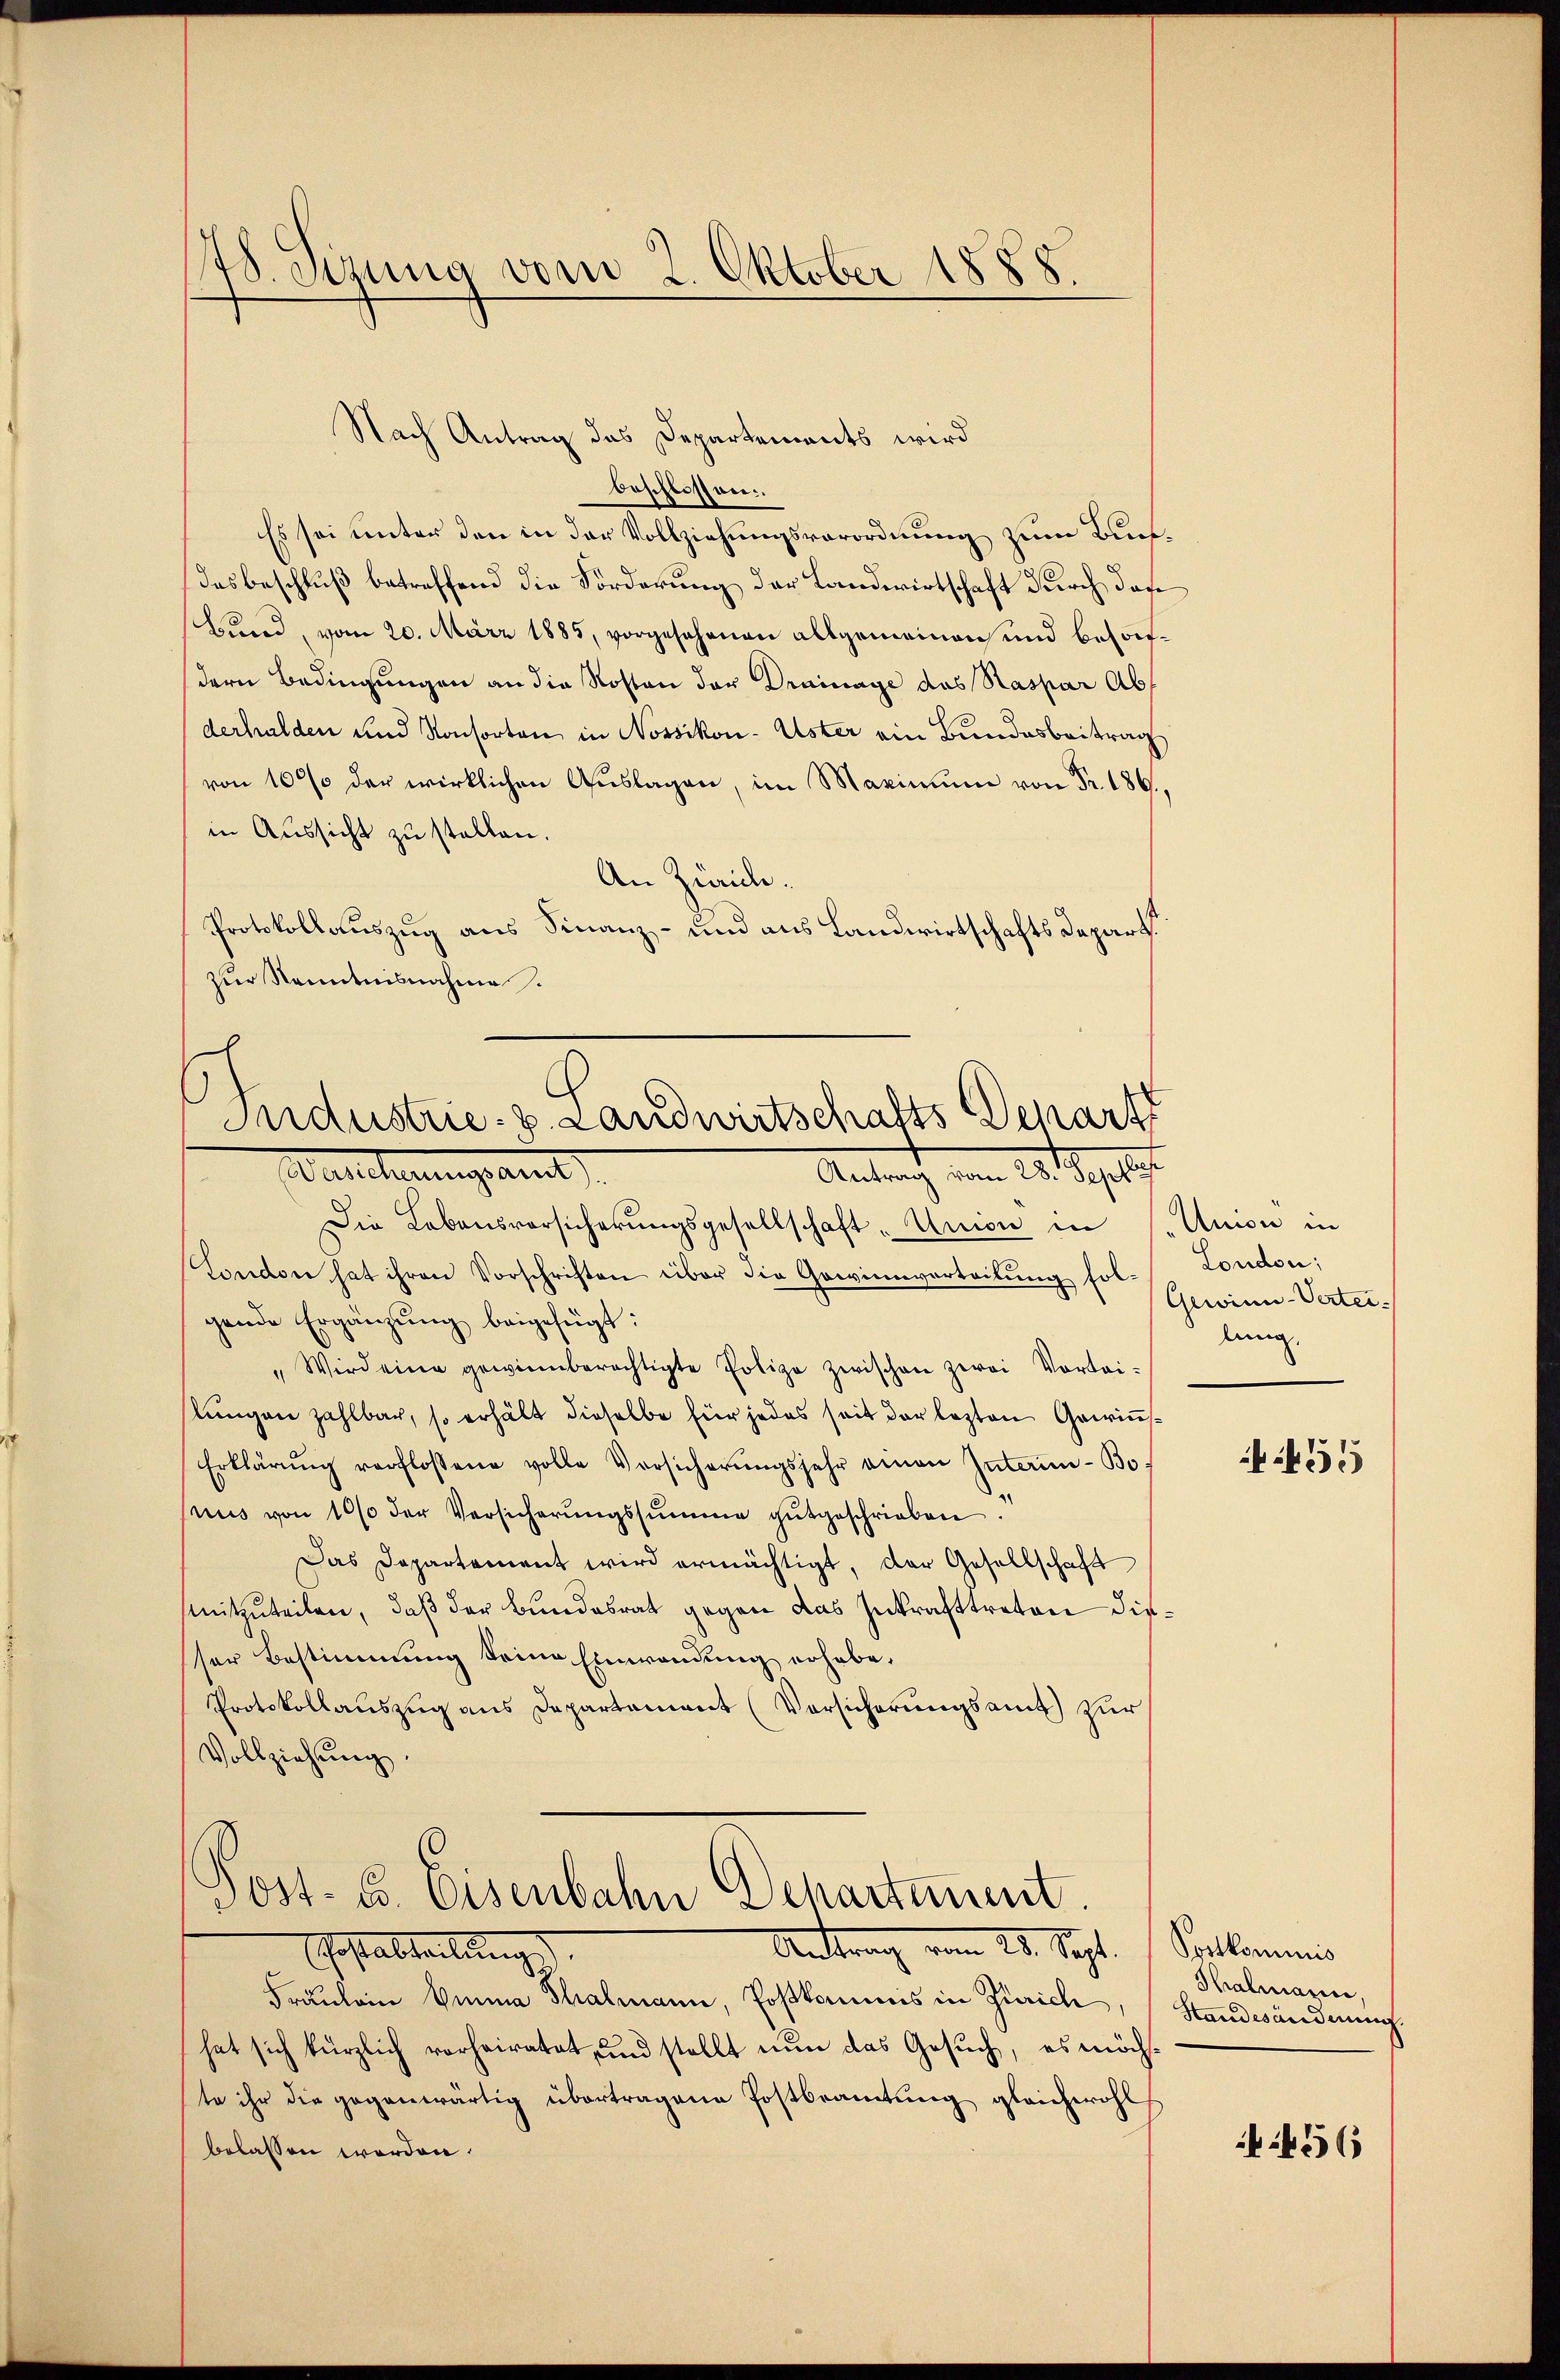
48. Sizung vom 2. Oktober 18
.

Nach Antrag das Departements wird
beschlossen.
Es sei unter den in der Vollziehungsverordnung zum Auf¬
Das beschluß betreffend die Förderung der Landwirtschaft durch das
Bund, vom 20. März 1885, vorgesehenen allgemeinen und besondern Bedingungen an die Roston der Drainage das Raspar Abderhalden und Konsorten in Nossikon-Uster ein Bundesbeitrag
von 100% der wirklichen Aŭslagen, im Maximŭm von Fr. 186,
in Aussicht zu stellen.
An Zürich.
Protokollauszug aus Finanz- und aus Landwirtschafts Depart
zur Kenntnisnahme.

.
Industrie. v. Landwirtschafts-Depart
Walcherungsant
Antrag vom 28. Septe

Die Lebensvorsicherungsgesellschaft-Union in Union in
London hat ihren Vorschriften über die Gewinnverteilung folgende Ergänzŭng beigefügt:
" Wird eine gewienberechtigte Polize zwischen zwei Vortei-
slungen zahlbar, so erhält dieselbe für jedes seit der lezten Gewin¬
Erklärŭng verflossene volle Vorsicherŭngssehr einen Intern-Bo
uus von 1000 der Versicherŭngssumme gŭtgeschrieben.
Das Departement wird ermächtigt, der Gesellschaft
mitzuteilen, daß der Bundesrat gegen das Zukrafttreten dieser Bestimmung keine Einwendung erhabe.
Protokollauszug aus Departement (Vorsicherungsamt zur
Vollziehung.
Post- u. Eisenbahn Departiment.
Antrag vom 25. Sept.
Ehestabteilung
Fräulein Einna Thalmann, Postkommis in Zürich,
hat sich kürzlich vorheiratet, und stellt nun das Gesuch, es möchte ihr die gegenwärtig übertragene Postbeamtung gleichwohl
belassen worden.

London;
Gewinn-Verteilung.
455

Postkominis
Thalmann
Standesänderung.
456